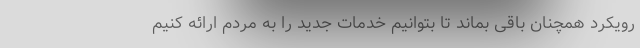
رویکرد همچنان باقی بماند تا بتوانیم خدمات جدید را به مردم ارائه کنیم